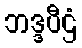
ဘဒ္ဒပီဌံ